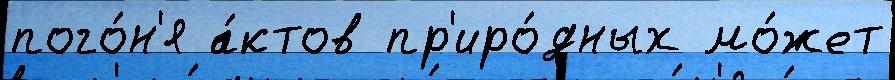
пого́н'я а́ктов пр'иро́дных мо́жет